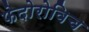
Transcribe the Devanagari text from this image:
फेदोरोविच